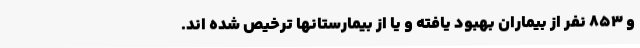
و 853 نفر از بیماران بهبود یافته و یا از بیمارستانها ترخیص شده اند.